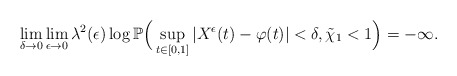
\begin{align*}\lim_{\delta\to0}\lim_{\epsilon\to0}\lambda^2(\epsilon)\log\mathbb P\Big(\sup_{t\in[0,1]}|X^{\epsilon}(t)-\varphi(t)|<\delta, \tilde{\chi}_1<1\Big)=-\infty.\end{align*}